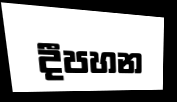
දීපහන